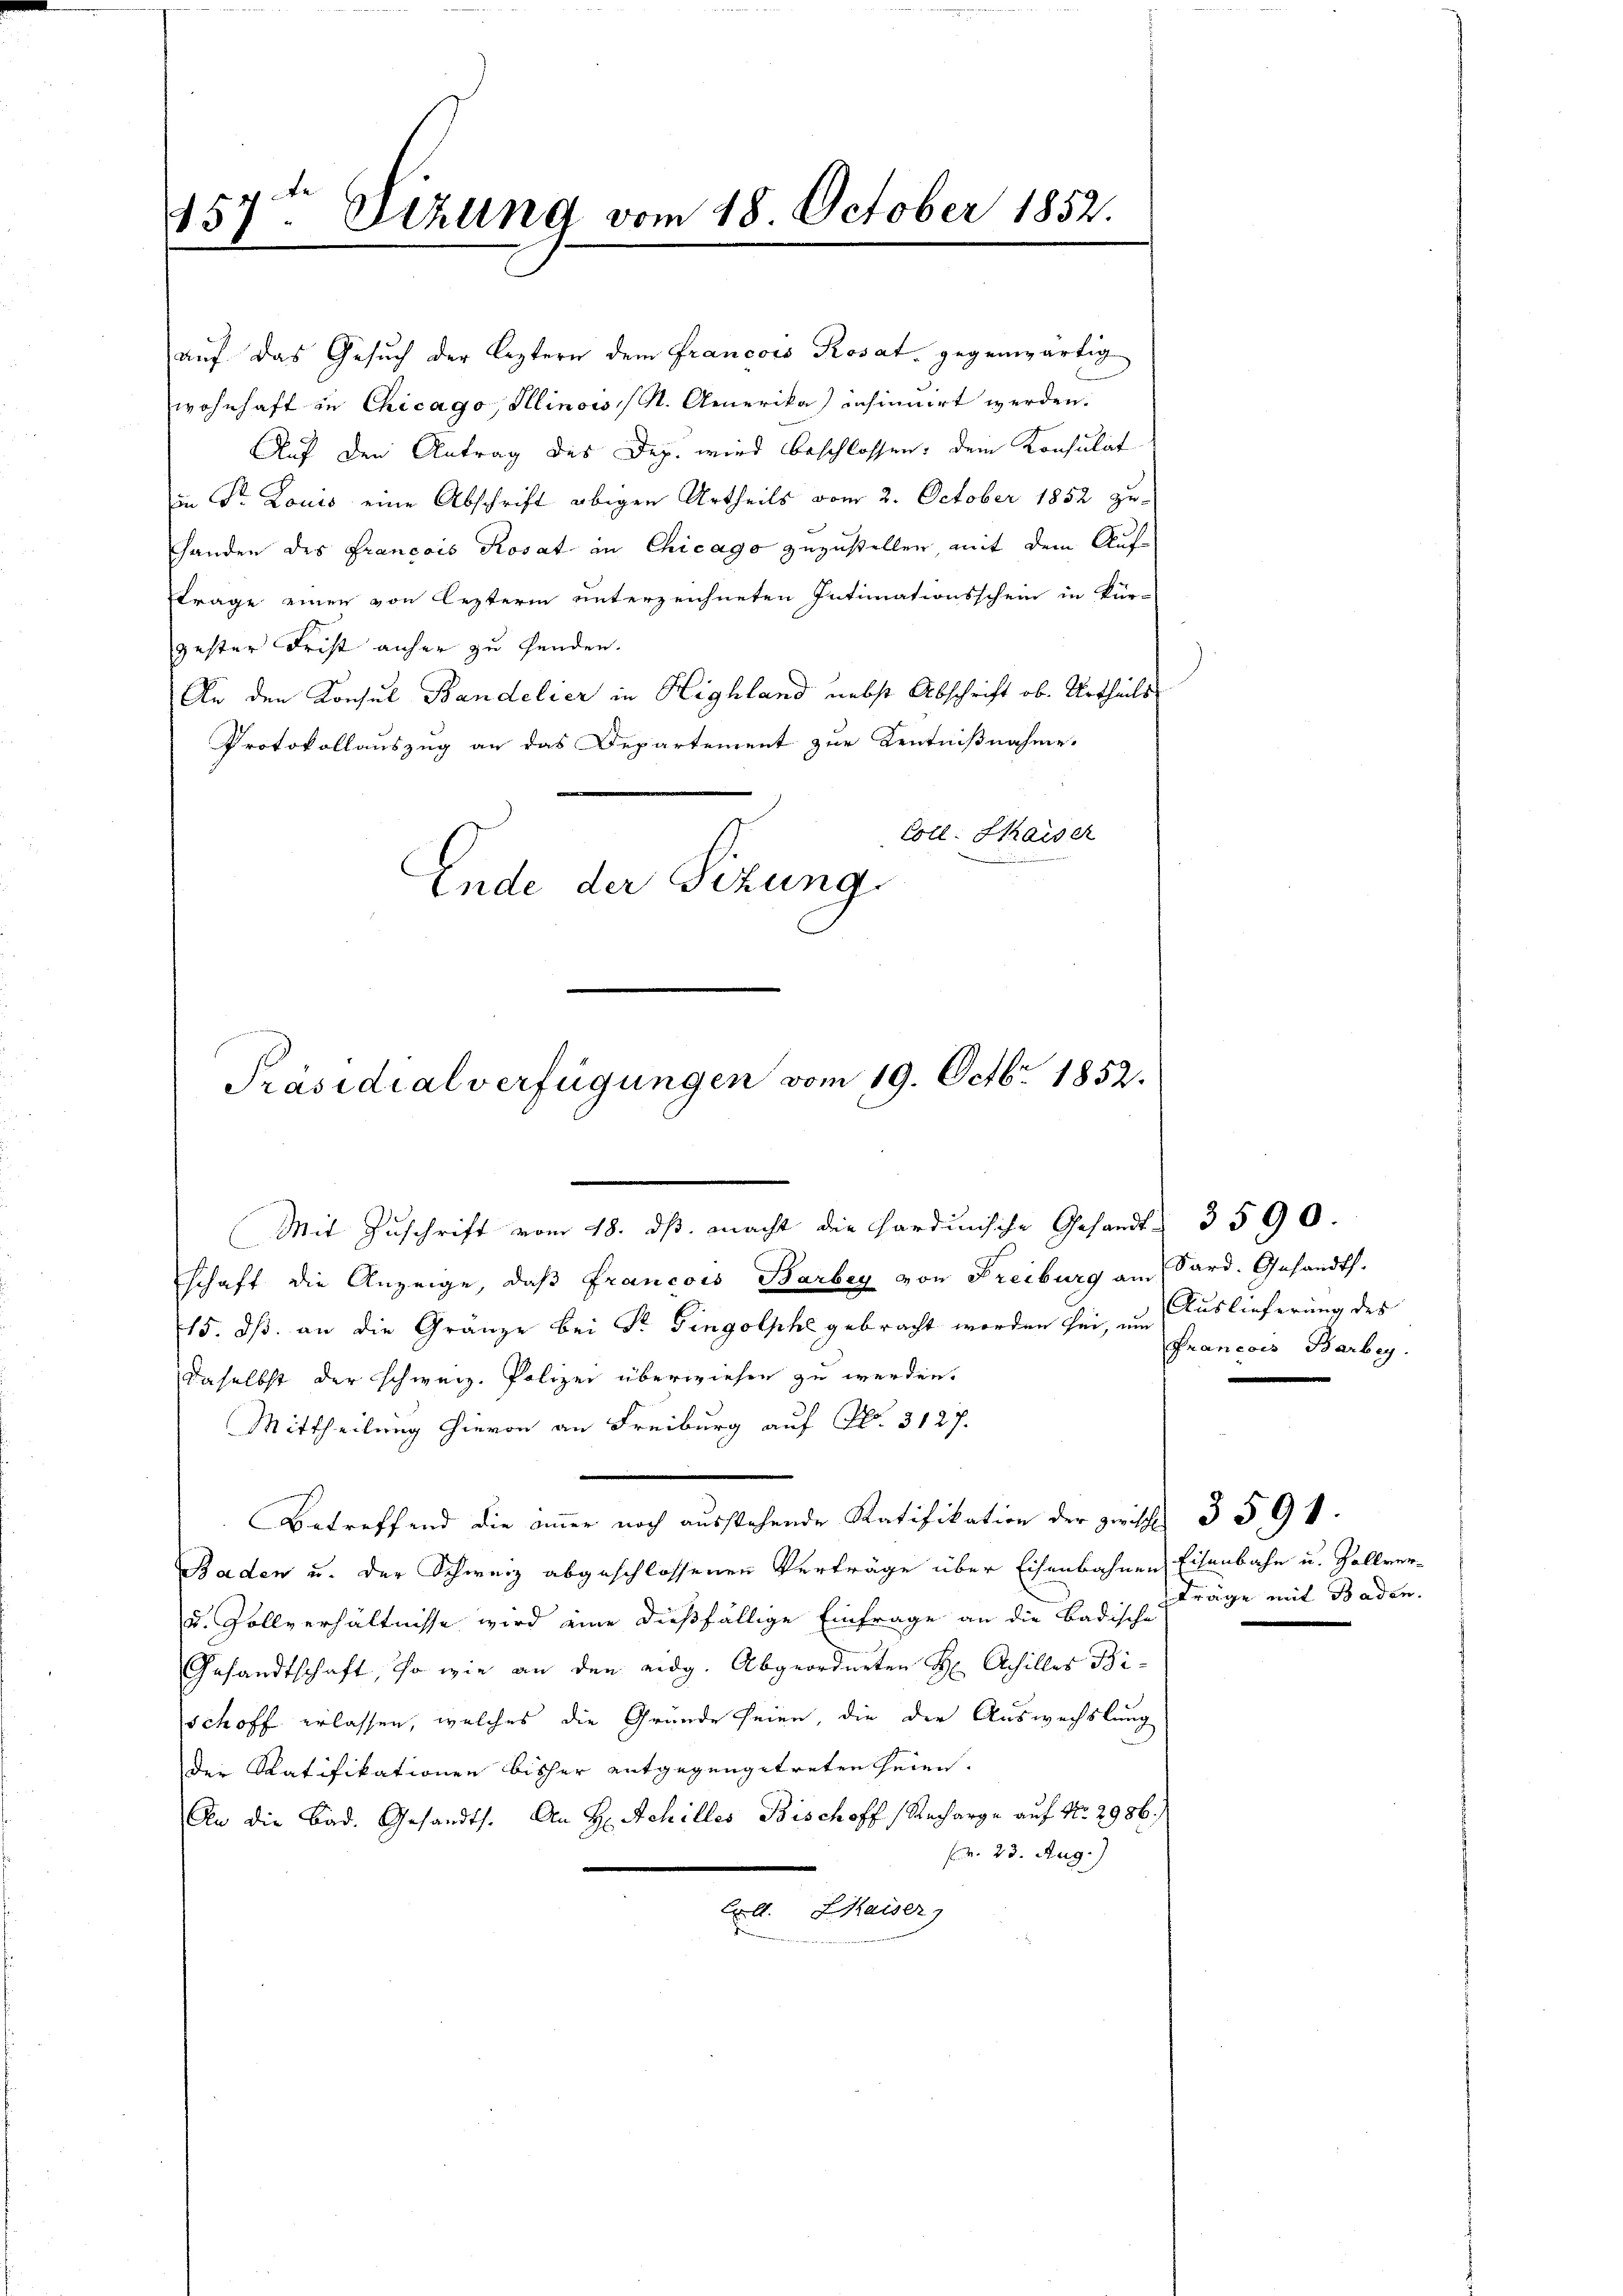
157t Setzung vom 18. October 1852.
.

auf das Gesuch der leztern dem Francois Rosat gegenwärtig
wohnhaft in Chicago, Illinow /M. Amerika) insinuirt werden.
Auf den Antrag des Dep. wird beschlossen: Dein Konsulat
in Dr. Louis eine Abschrift obigen Urtheils vom 2. October 1852 zu-
handen des Francois Rosat in Chicago zuzustellen, mit dem Aufftrage einen von lezteren unterzeichneten Intimationsschein in kür-
gester Frist anher zu Handen.
An den Konsul Bandelier in Highland nebst Abschrift ob. Urtheils
Protokollauszug an das Departement zur Kenntnißnahme.
Coll. Kaiser
Ende der Sizung

Präsidialverfügungen vom 19. Octbr. 1852.

Mit Zuschrift vom 18. ds. macht die Hardinische Gesandt 3590.
schaft die Anzeige, daβ Francois Barbey von Freiburg am Sard. Gesandts.
715. ds. an die Gränze bei Sr. Gingolphe gebracht worden sei, im Auslieferung des
daselbst der Schweiz. Polizei überwiesen zu werden.
Mittheilung hievon an Freiburg auf No. 3127.
Betreffend die immer noch ausstehende Ratifikation der zwische 3 § 94
Baden u. der Schweiz abgeschlossenen Verträge über Eisenbahnen Eisenbahn u. Zollver¬
u. Zollverhältnisse wird eine dießfällige Einfrage an die Badische fräge mit Baden.
Gesandtschaft, so wie an den eidg. Abgeordneten H. Achilles Bischoff erlassen, welches die Gründe seien, die der Auswechslung
der Ratifikationen bisher entgegengetreten seien.
An die Bad. Gesandts. An H: Achilles Bischoff Recharge auf No 2986.)
v. 23. Aug.)
Exoll. Kaiser)

Francois Barbey.

e